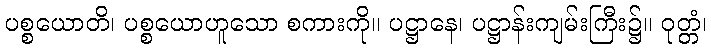
ပစ္စယောတိ၊ ပစ္စယောဟူသော စကားကို။ ပဋ္ဌာနေ၊ ပဋ္ဌာန်းကျမ်းကြီး၌။ ဝုတ္တံ၊